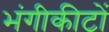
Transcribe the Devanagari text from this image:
भंगीकीटों